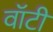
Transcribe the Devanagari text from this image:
वाॅटी